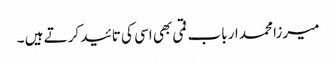
میرزا محمد ارباب قمی بھی اسی کی تائید کرتے ہیں ۔